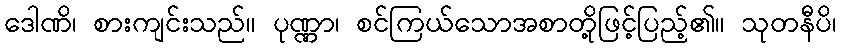
ဒေါဏိ၊ စားကျင်းသည်။ ပုဏ္ဏာ၊ စင်ကြယ်သောအစာတို့ဖြင့်ပြည့်၏။ သုတနီပိ၊